Lunatic asylums United Prov. 1922-30 - 1922-1930
Year: 1922
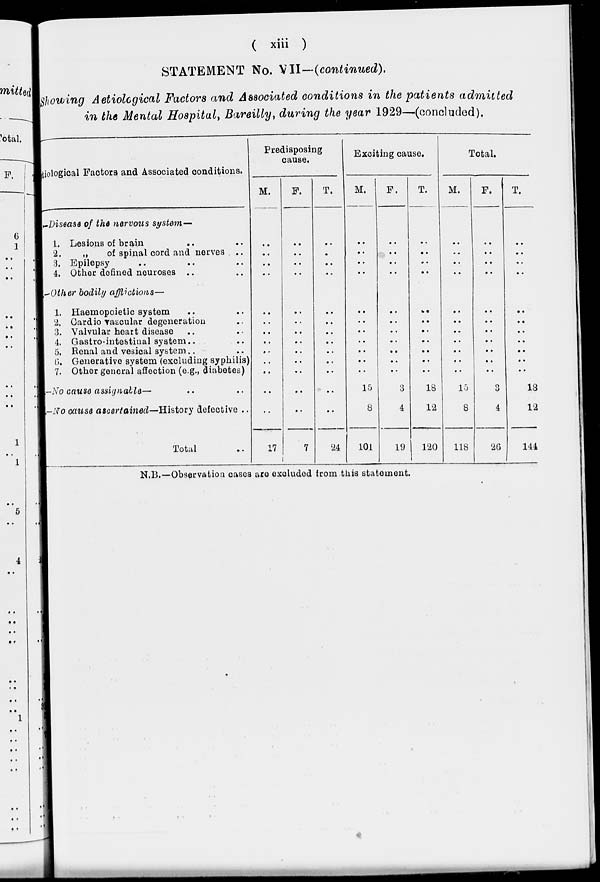
( xiii )
STATEMENT No. VII—(continued).
Showing Aetiolcgical Factors and Associated conditions in the patients admitted
in the Mental Hospital, Bareilly, during the year 1929—(concluded).
Aetiological Factors and Associated conditions.
—Disease of the nervous system—
1. Lesions of brain .. ..
2.
„
of spinal cord and nerves ..
3. Epilepsy .. .. ..
4. Other defined neuroses .. ..
—Other bodily afflictions—
1. Haemopoietic system .. ..
2. Cardio vascular degeneration ..
3. Valvular heart disease .. ..
4. Gastro-intestinal system .. ..
5. Renal and vesical system .. ..
6. Generative system (excluding syphilis)
7. Other general affection (e.g., diabetes)
—No cause assignable— .. ..
—No cause ascertained—History defective ..
Total ..
Predisposing
cause.
M.
..
..
..
..
..
..
..
..
..
..
..
..
..
17
F.
..
..
..
..
..
..
..
..
..
..
..
..
..
7
T.
..
..
..
..
..
..
..
..
..
..
..
..
..
24
Exciting cause.
M.
..
..
..
..
..
..
..
..
..
..
..
15
8
101
F.
..
..
..
..
..
..
..
..
..
..
..
3
4
19
T.
..
..
..
..
..
..
..
..
..
..
..
18
12
120
Total.
M.
..
..
..
..
..
..
..
..
..
..
..
15
8
118
F.
..
..
..
..
..
..
..
..
..
..
..
3
4
26
T.
..
..
..
..
..
..
..
..
..
..
..
18
12
144
N.B.—Observation cases are excluded from this statement.